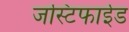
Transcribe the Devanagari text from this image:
जस्टिफाईड